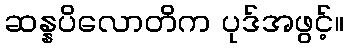
ဆန္နပိလောတိက ပုဒ်အဖွင့်။